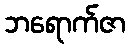
ဘရောက်ဇာ